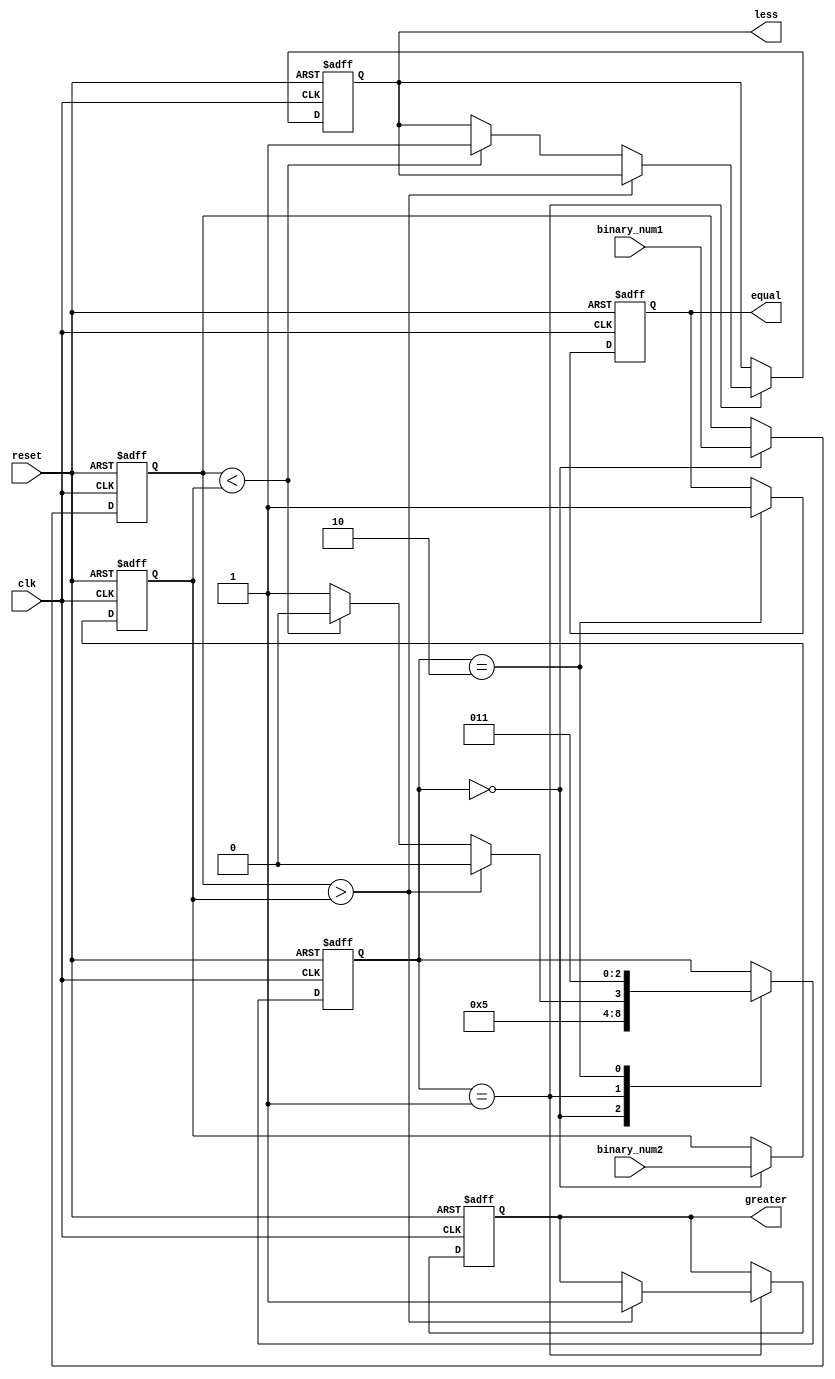
module serial_comparator (
    input wire clk,
    input wire reset,
    input wire [7:0] binary_num1,
    input wire [7:0] binary_num2,
    output reg equal,
    output reg greater,
    output reg less
);

reg [7:0] reg_num1;
reg [7:0] reg_num2;
reg [2:0] state;

always @(posedge clk or posedge reset) begin
    if (reset) begin
        reg_num1 <= 8'b0;
        reg_num2 <= 8'b0;
        state <= 3'b0;
        equal <= 1'b0;
        greater <= 1'b0;
        less <= 1'b0;
    end else begin
        case (state)
            3'b000 : begin
                reg_num1 <= binary_num1;
                reg_num2 <= binary_num2;
                state <= 3'b001;
            end
            3'b001 : begin
                if (reg_num1 > reg_num2) begin
                    greater <= 1'b1;
                    state <= 3'b010;
                end else if (reg_num1 < reg_num2) begin
                    less <= 1'b1;
                    state <= 3'b010;
                end else begin
                    state <= 3'b011;
                end
            end
            3'b010 : begin
                equal <= 1'b1;
                state <= 3'b011;
            end
        endcase
    end
end

endmodule